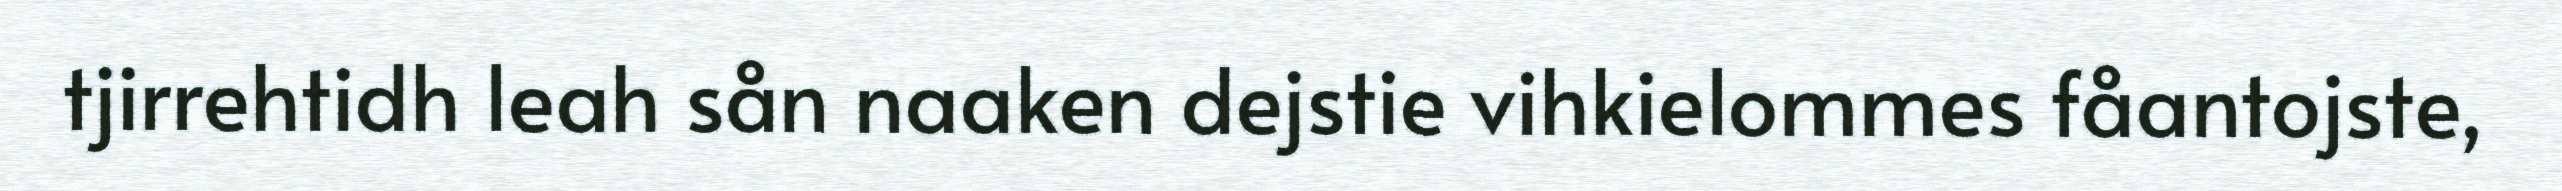
tjirrehtidh leah sån naaken dejstie vihkielommes fåantojste,